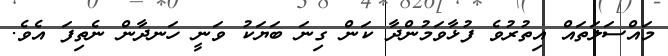
މައްސަލަތައް އިތުރުވެ ފުޅާވަމުންދާ ކަން ގިނަ ބަޔަކު ވަނީ ހަނދާން ނެތިފަ އެވެ.